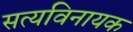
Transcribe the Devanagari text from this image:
सत्यविनायक